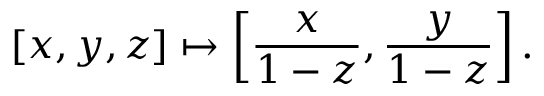
[ x , y , z ] \mapsto \left[ { \frac { x } { 1 - z } } , { \frac { y } { 1 - z } } \right] .